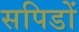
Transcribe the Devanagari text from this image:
सपिडों